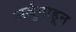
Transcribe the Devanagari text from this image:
अर्जुनाहून